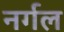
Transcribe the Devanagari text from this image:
नर्गल